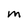
Character: M